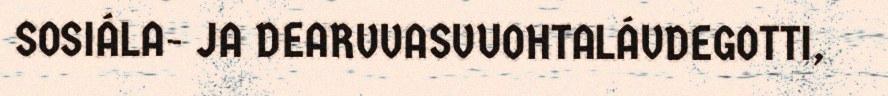
SOSIÁLA- JA DEARVVASVUOHTALÁVDEGOTTI,